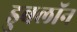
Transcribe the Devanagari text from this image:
डुबलॉन